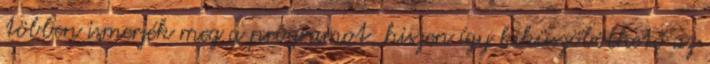
többen ismerjék meg a programot, hiszen így kiküszöbölhető az